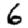
Digit: 6